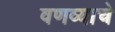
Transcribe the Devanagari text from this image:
वणव्याचे